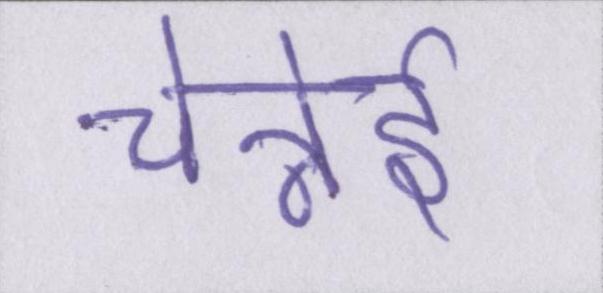
चेन्नेई